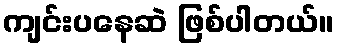
ကျင်းပနေဆဲ ဖြစ်ပါတယ်။